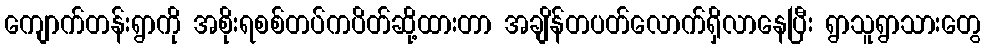
ကျောက်တန်းရွာကို အစိုးရစစ်တပ်ကပိတ်ဆို့ထားတာ အချိန်တပတ်လောက်ရှိလာနေပြီး ရွာသူရွာသားတွေ